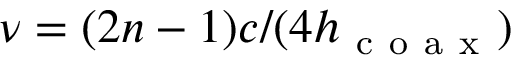
\nu = ( 2 n - 1 ) c / ( 4 h _ { \mathrm { ~ c ~ o ~ a ~ x ~ } } )